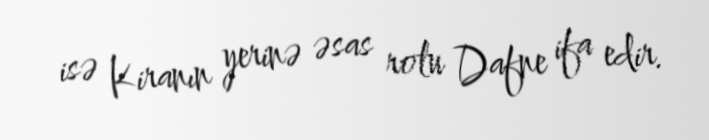
isə Kiranın yerinə əsas rolu Dafne ifa edir.